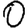
Digit: 0